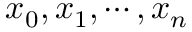
x _ { 0 } , x _ { 1 } , \cdots , x _ { n }